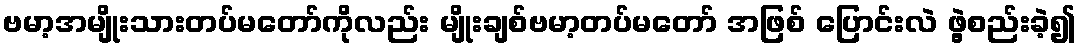
ဗမာ့အမျိုးသားတပ်မတော်ကိုလည်း မျိုးချစ်ဗမာ့တပ်မတော် အဖြစ် ပြောင်းလဲ ဖွဲ့စည်းခဲ့၍